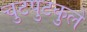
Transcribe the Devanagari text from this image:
चुटपुटकुले